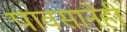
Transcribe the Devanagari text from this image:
पावसानेही